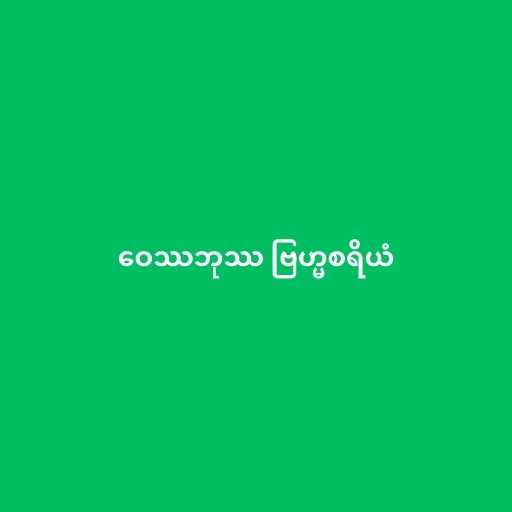
ဝေဿဘုဿ ဗြဟ္မစရိယံ